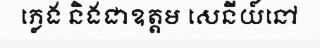
ភ្លេង និងជាឧត្តម សេនីយ៍នៅ